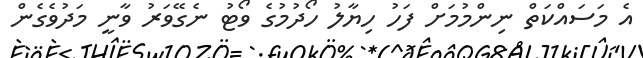
އެ މަސައްކަތް ނިންމުމަށް ފަހު ހިޔާލު ހޯދުމުގެ ވޯޓު ނެގޭވަރު ވާނީ މަދުވެގެން